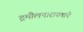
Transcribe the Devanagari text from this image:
द्रमीलनारायणाने